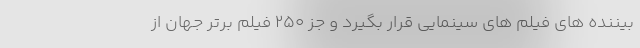
بیننده های فیلم های سینمایی قرار بگیرد و جز 250 فیلم برتر جهان از